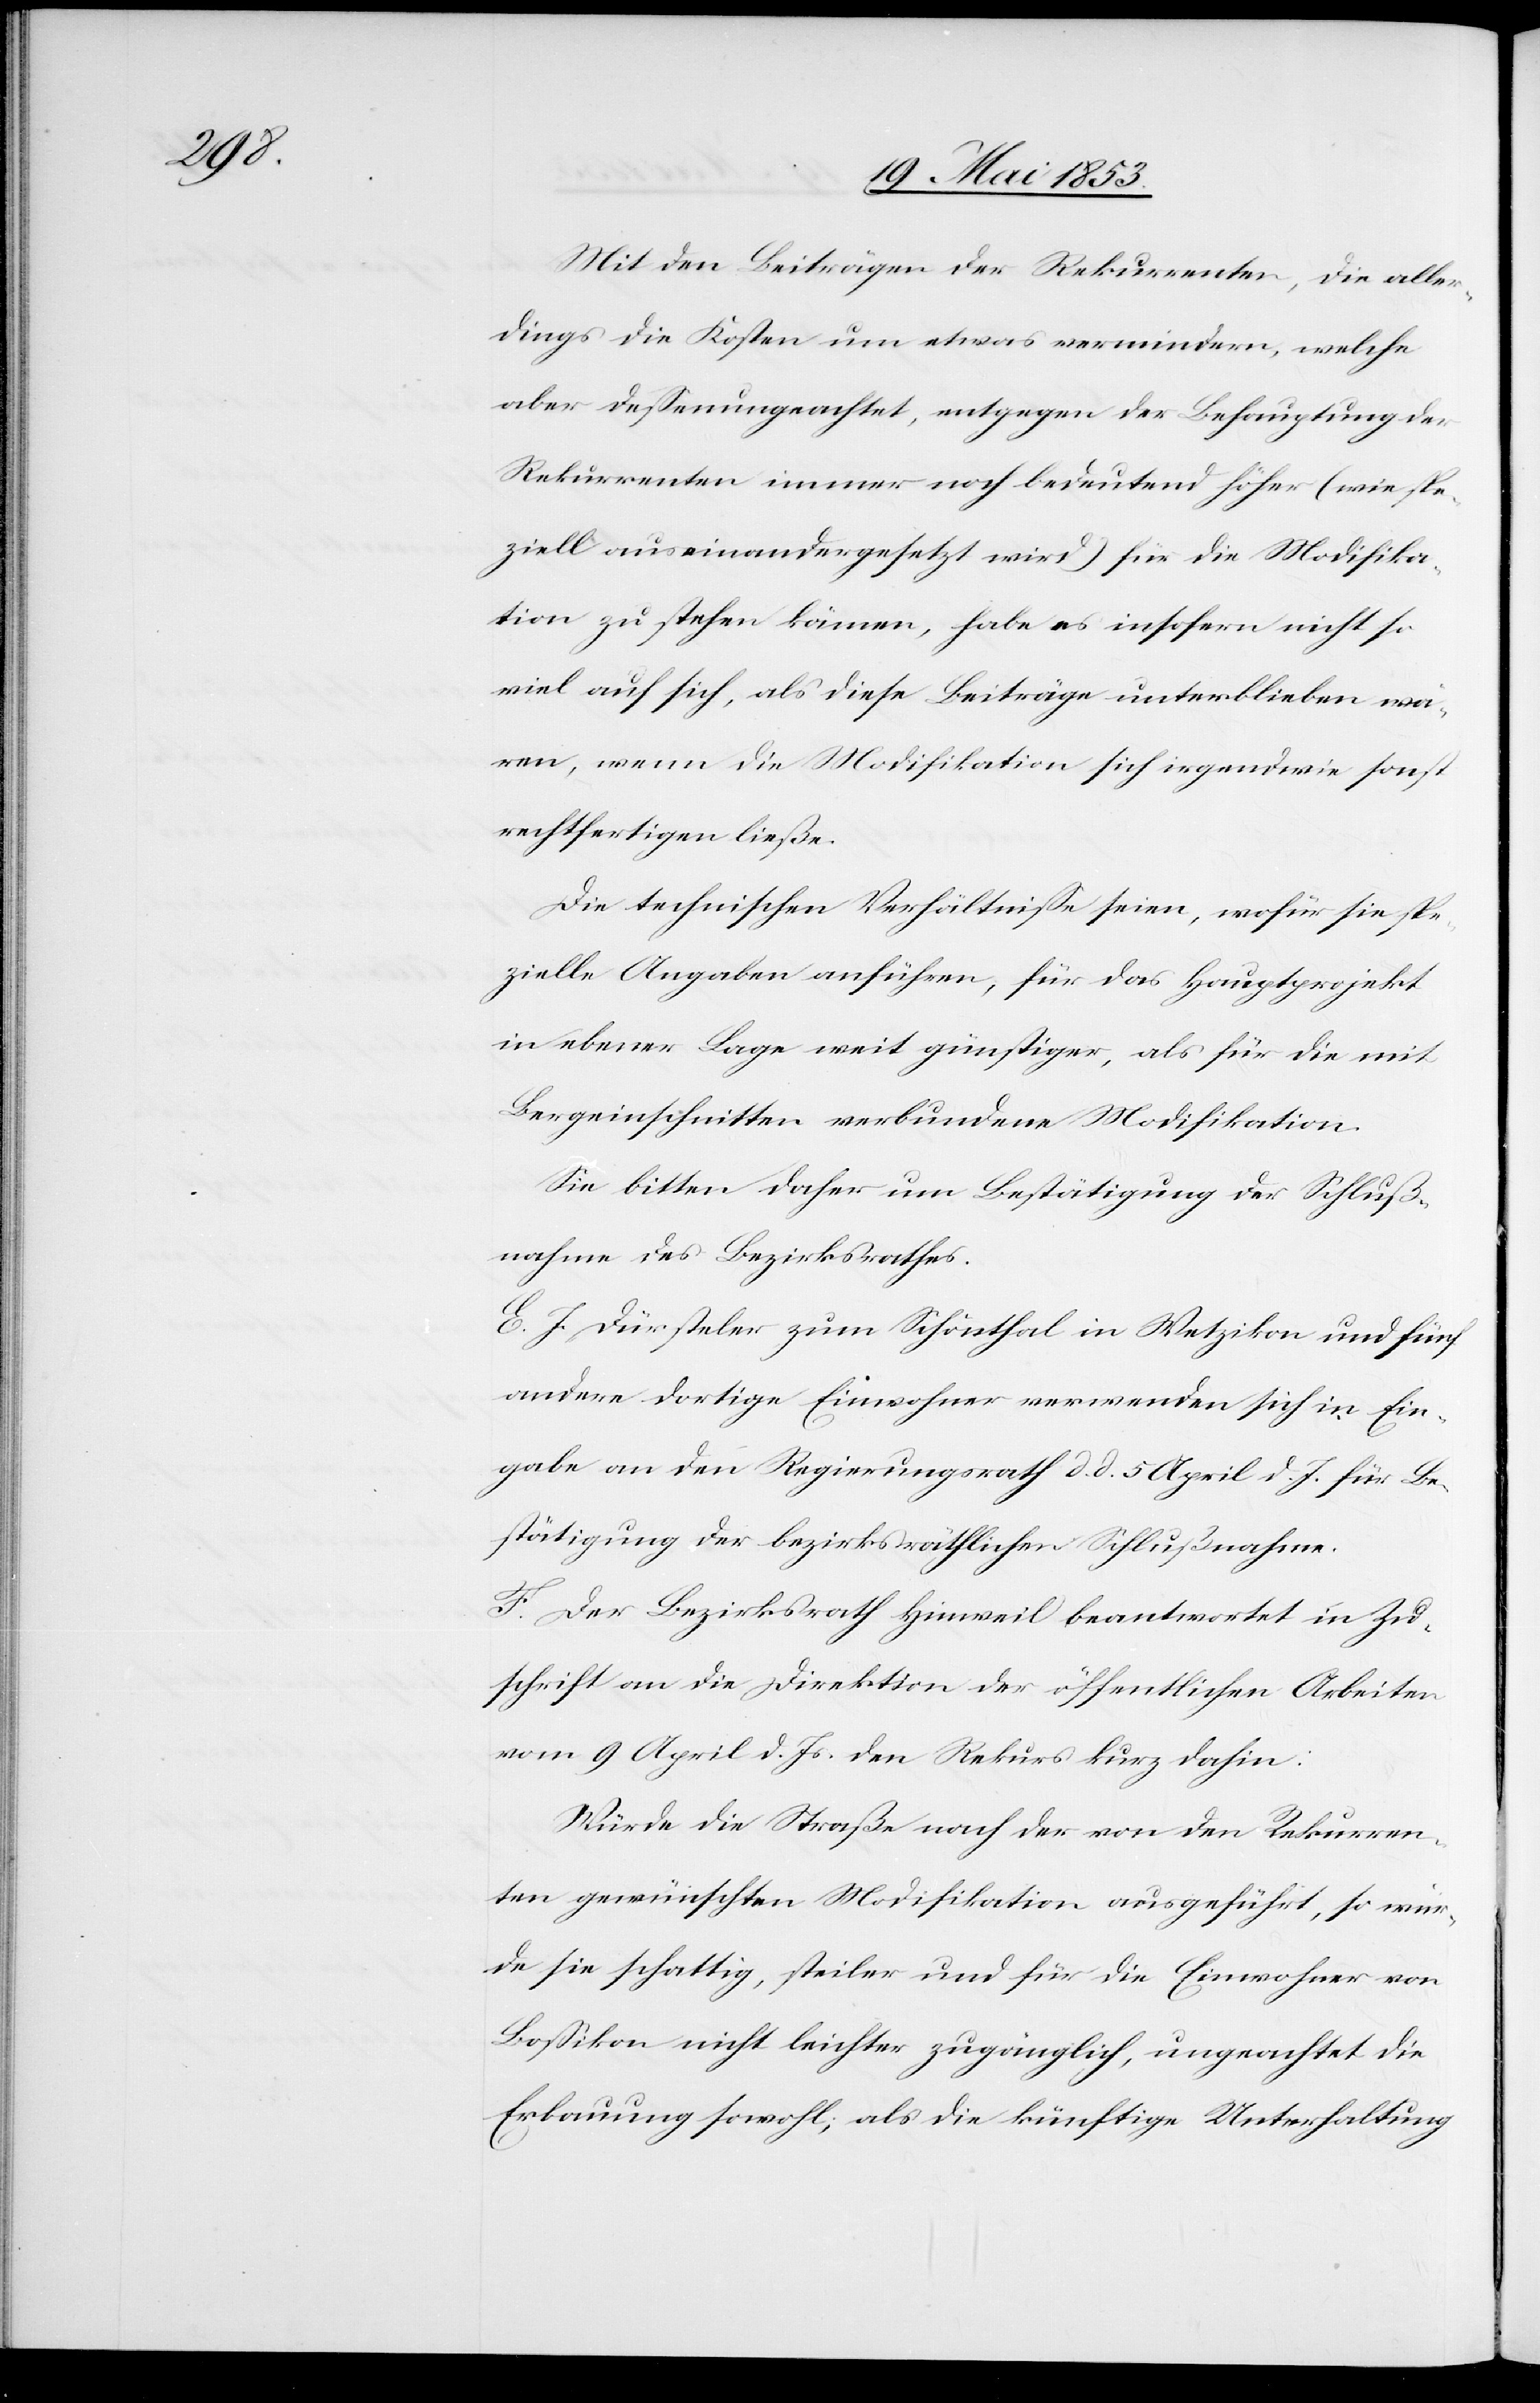
Mit Beiträgen der Rekurrenten, die aller¬
dings die Kosten um etwas vermindern, welche
aber deßenungeachtet, entgegen der Behauptung der
Rekurrenten immer noch bedeutend höher (wie spe¬
ziell auseinandergesetzt wird) für die Modifika¬
tion zu stehen kämen, habe es insofern nicht so
viel auf sich, als diese Beiträge unterblieben wä¬
ren, wenn die Modifikation sich irgendwie sonst
rechtfertigen ließe.
Die technischen Verhältniße seien, wofür sie spe¬
zielle Angaben anführen, für das Hauptprojekt
in ebener Lage weit günstiger, als für die mit
Bergeinschnitten verbundene Modifikation.
Sie bitten daher um Bestätigung der Schluß¬
nahme des Bezirksrathes.
E. J. Dürsteler zum Schönthal in Wetzikon und fünf
andere dortige Einwohner verwenden sich in Ein¬
gabe an den Regierungsrath d. d. 5 April d. J. für Be¬
stätigung der bezirksräthlichen Schlußnahme.
F. Der Bezirksrath Hinweil beantwortet in Zu¬
schrift an die Direktion der öffentlichen Arbeiten
vom 9 April d. Js. den Rekurs kurz dahin:
Würde die Straße nach der von den Rekurren¬
ten gewünschten Modifikation ausgeführt, so wür¬
de sie schattig, steiler und für die Einwohner von
Boßikon nicht leichter zugänglich, ungeachtet die
Erbauung sowohl, als die künftige Unterhaltung